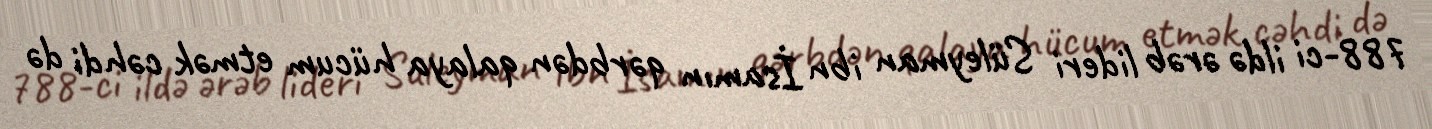
788-ci ildə ərəb lideri Süleyman ibn İsamın qərbdən qalaya hücum etmək cəhdi də